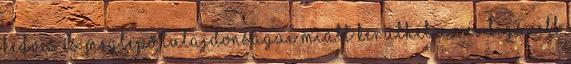
kedves és meglepő tulajdonságai miatt kerülhet az év legszebb